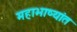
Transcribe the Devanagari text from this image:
महाभाष्यांत